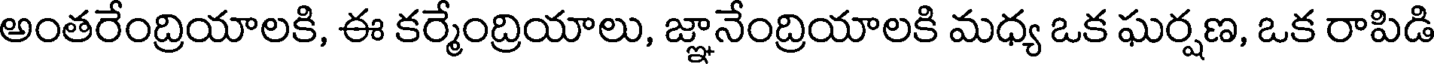
అంతరేంద్రియాలకి, ఈ కర్మేంద్రియాలు, జ్ఞానేంద్రియాలకి మధ్య ఒక ఘర్షణ, ఒక రాపిడి